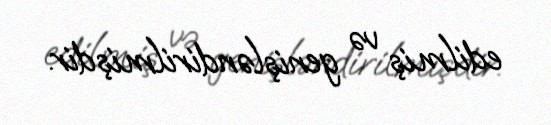
edilmiş və genişləndirilmişdir.